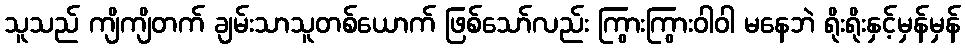
သူသည် ကျိကျိတက် ချမ်းသာသူတစ်ယောက် ဖြစ်သော်လည်း ကြွားကြွားဝါဝါ မနေဘဲ ရိုးရိုးနှင့်မှန်မှန်